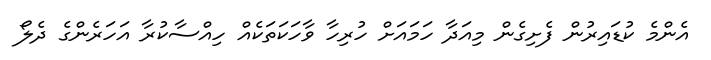
އެންމެ ކުޑައިރުން ފެށިގެން މިއަދާ ހަމައަށް ހުރިހާ ވާހަކަތަކެއް ހިއްސާކުރާ އަހަރެންގެ ދެލޯ